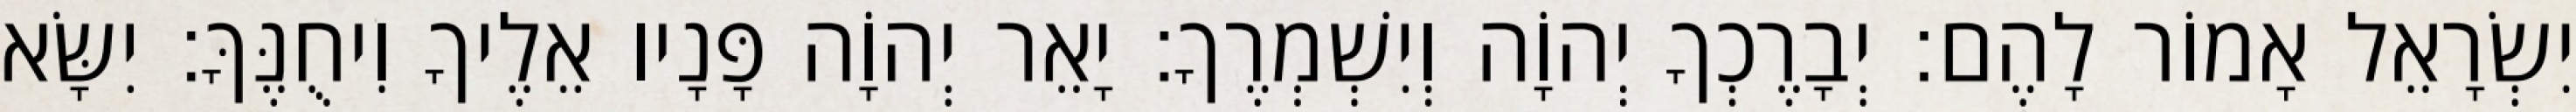
יִשְׂרָאֵל אָמוֹר לָהֶם׃ יְבָרֶכְךָ יְהוָֹה וְיִשְׁמְרֶךָ׃ יָאֵר יְהוָֹה פָּנָיו אֵלֶיךָ וִיחֻנֶּךָּ׃ יִשָּׂא